Report of the Hyderabad Chloroform Commission
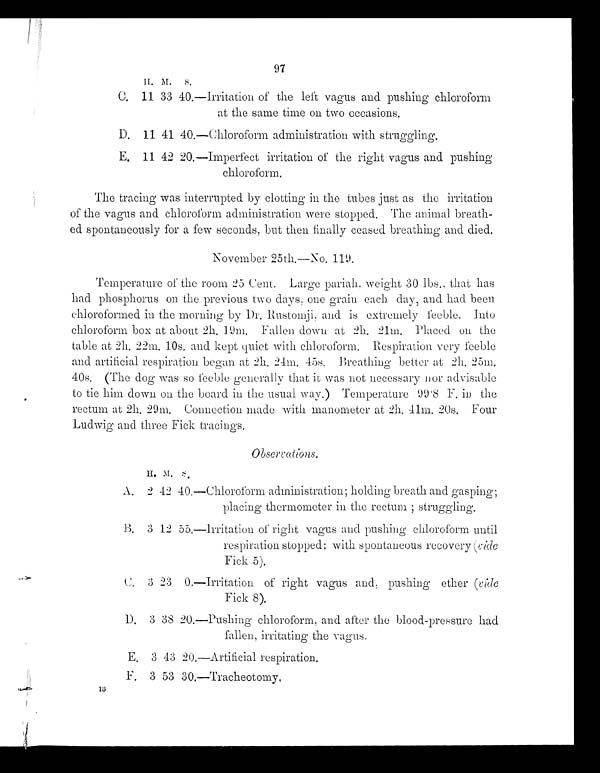
97
H. M. S .
C. 11 33 40. —Irritation of the left vagus and pushing chloroform
at the same time on two occasions.
D. 11 41 40.—Chloroform administration with struggling.
E. 11 42 20. —Imperfect irritation of the right vagus and pushing
chloroform.
The tracing was interrupted by clotting in the tubes just as the irritation
of the vagus and chloroform administration were stopped. The animal breath-
ed spontaneously for a few seconds, but then finally ceased breathing and died.
November 25th.—No. 119.
Temperature of the room 25 Cent. Large pariah, weight 30 lbs., that has
had phosphorus on the previous two days, one grain each day, and had been
chloroformed in the morning by Dr. Rustomji, and is extremely feeble.
I n t o
c h l o r o f o r m
b o x a t a b o u t 2 h . 1 9 m . F a l l e nd
o w n
a t 2 h . 2 1 m .
p l a c e d
o n t h e
table at 2h. 22m. 10s.a n d k e p t q u i e t
w i t h
c h l o r o f o r m .
R e s p i r a t i o n v e r y
f e e b l e
and artificial respiration began at 2h. 24m. 45s.B r e a t h i n g
b e t t e r a t
2 h .
2 5 m .
4 0 s . ( T h e d o g w a s s o f e e b l eg e n e r a l l y
t h a t i t w a s n o t
n e c e s s a r y n o r
a d v i s a b l e
to tie him down on the board in the usual way.) Temperature 99 ·8 F. in the
rectum at 2h. 29m. Connection made with manometer at 2h. 41m. 20s. Four
Ludwig and three Fick tracings.
H . M
. S .
A. 2 42 40.—Chloroform administration; holding breath and gasping;
placing thermometer in the rectum ; struggling.
B. 3 12 55.—Irritation of right vagus and pushing chloroform until
respiration stopped: with spontaneous recovery
(vide Fick 5).
C. 3 23 0.—Irritation of right vagus and, pushing ether(vide
Fick 8).
D. 3 38 20.—Pushin g chloroform, and after the blood-pressure had
fallen, irritating the vagus.
E . 3 4 3 2 0 . —Art i fi ci al respi rat i on.
F . 3 5 3
3 0 . — T r a c h e o t o m y .